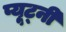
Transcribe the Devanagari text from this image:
प्यूट्नी